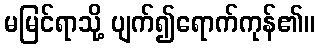
မမြင်ရာသို့ ပျက်၍ရောက်ကုန်၏။